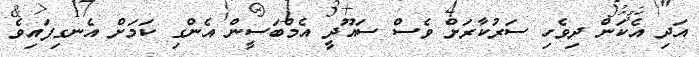
އަދި އެކަން ދިވެހި ސަރުކާރަށް ވެސް ސައޫދީ އެމްބަސީން އެންގި ކަމަށް އެނގިފައިވެ